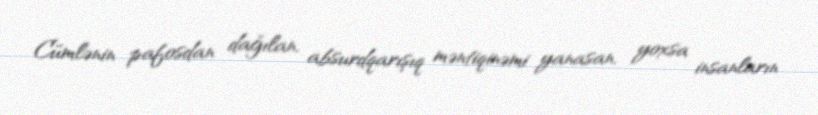
Cümlənin pafosdan dağılan, absurdqarışıq məntiqinəmi yanasan, yoxsa insanların